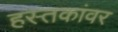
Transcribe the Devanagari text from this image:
हस्तकांवर